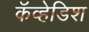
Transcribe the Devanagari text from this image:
कॅव्हेडिश